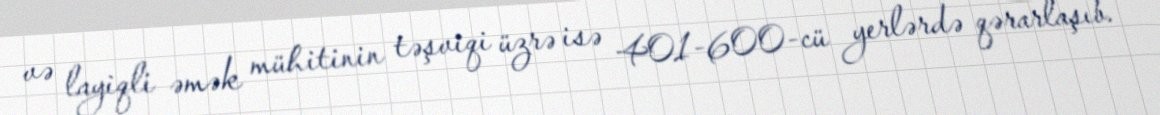
və layiqli əmək mühitinin təşviqi üzrə isə 401-600-cü yerlərdə qərarlaşıb.